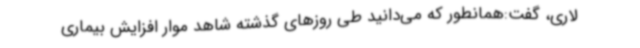
لاری، گفت:همانطور که می‌دانید طی روزهای گذشته شاهد موار افزایش بیماری